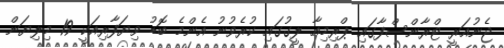
ޖެނުއަރީ ޓްރާންސްފާގައި ޕްރިމިއާ ލީގުގައި ކުރެވުނު އެންމެ ބޮޑު ވިޔަފާރިއަކީ 19 މިލިޔަން